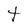
Character: t